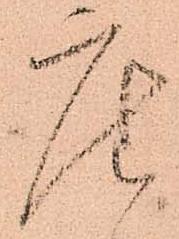
座